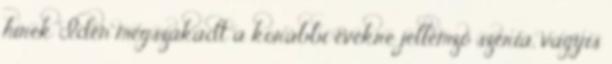
hírek Idén megszakadt a korábbi évekre jellemző széria, vagyis